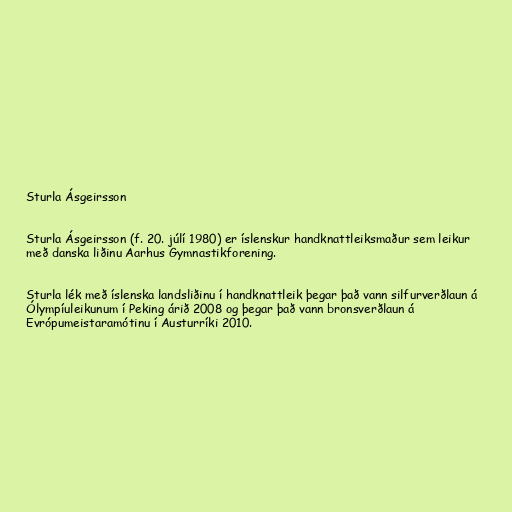
Sturla Ásgeirsson

Sturla Ásgeirsson (f. 20. júlí 1980) er íslenskur handknattleiksmaður sem leikur
með danska liðinu Aarhus Gymnastikforening.

Sturla lék með íslenska landsliðinu í handknattleik þegar það vann silfurverðlaun á
Ólympíuleikunum í Peking árið 2008 og þegar það vann bronsverðlaun á
Evrópumeistaramótinu í Austurríki 2010.